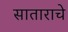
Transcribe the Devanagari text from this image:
साताराचे